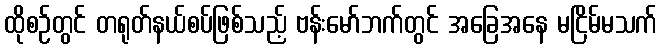
ထိုစဉ်တွင် တရုတ်နယ်စပ်ဖြစ်သည့် ဗန်းမော်ဘက်တွင် အခြေအနေ မငြိမ်မသက်